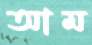
আম